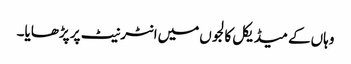
وہاں‌کے میڈیکل کالجوں‌میں‌انٹرنیٹ پر پڑھایا۔